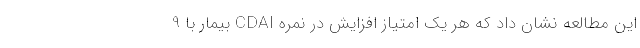
این مطالعه نشان داد که هر یک امتیاز افزایش در نمره CDAI بیمار با 9